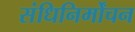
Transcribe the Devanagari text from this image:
संधिनिर्मोंचन